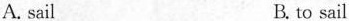
A. sail B. to sail